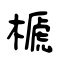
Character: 榹